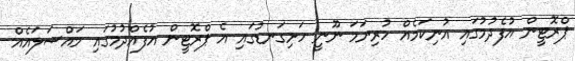
ޕްރޮޓީން އުފެދުމުގައި އުނިކަމެއް ހުރިނަމަ ނޫނީ ހަށިގަނޑުގައި އެ ޕްރޮޓީން އުފެއްދުމުގައި މައްސަލައެއް